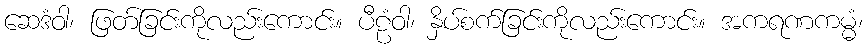
ဆေဒံဝါ၊ ဖြတ်ခြင်းကိုလည်းကောင်း။ ပီဠံဝါ၊ နှိပ်စက်ခြင်းကိုလည်းကောင်း။ အကရဏကမ္မံ၊